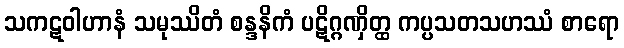
သကဋဝါဟာနံ သမုဿိတံ စန္ဒနိကံ ပဋိဂ္ဂဏှိတ္ထ ကပ္ပသတသဟဿံ စာရော